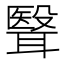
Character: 𮋺